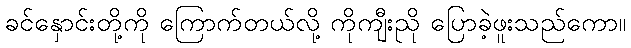
ခင်နှောင်းတို့ကို ကြောက်တယ်လို့ ကိုကျီးညို ပြောခဲ့ဖူးသည်ကော။